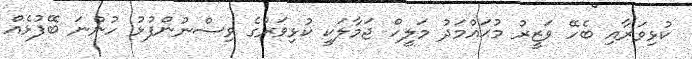
ކުޅިވަރާއި ބެހޭ ވަޒީރު މުޙައްމަދު މަލީހް ޖަމާލަކީ ކުޅިވަރުގެ ވިސްނުންފުޅު ހުންނަ ބޭފުޅެއް